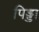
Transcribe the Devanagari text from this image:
पिड्डा